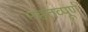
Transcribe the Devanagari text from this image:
महतव्पूर्ण